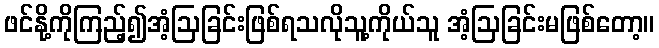
ဖင်နို့ကိုကြည့်၍အံ့ဩခြင်းဖြစ်ရသလိုသူ့ကိုယ်သူ အံ့ဩခြင်းမဖြစ်တော့။